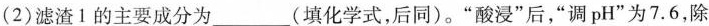
(2)滤渣1的主要成分为___(填化学式，后同)。“酸浸”后，“调pH”为7.6，除